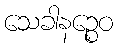
သေခါနဉ္စေဝ